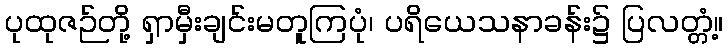
ပုထုဇဉ်တို့ ရှာမှီးချင်းမတူကြပုံ၊ ပရိယေသနာခန်း၌ ပြလတ္တံ့။